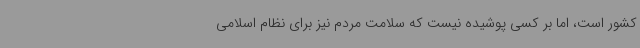
کشور است، اما بر کسی پوشیده نیست که سلامت مردم نیز برای نظام اسلامی